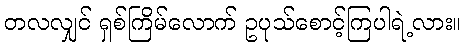
တလလျှင် ရှစ်ကြိမ်လောက် ဥပုသ်စောင့်ကြပါရဲ့လား။